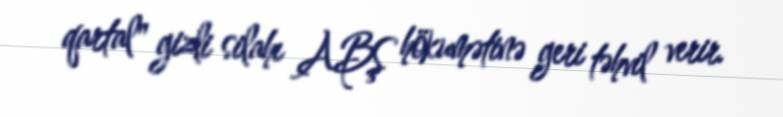
qartal" gizli silahı ABŞ hökumətinə geri təhvil verir.